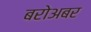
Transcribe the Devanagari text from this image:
बरोअबर